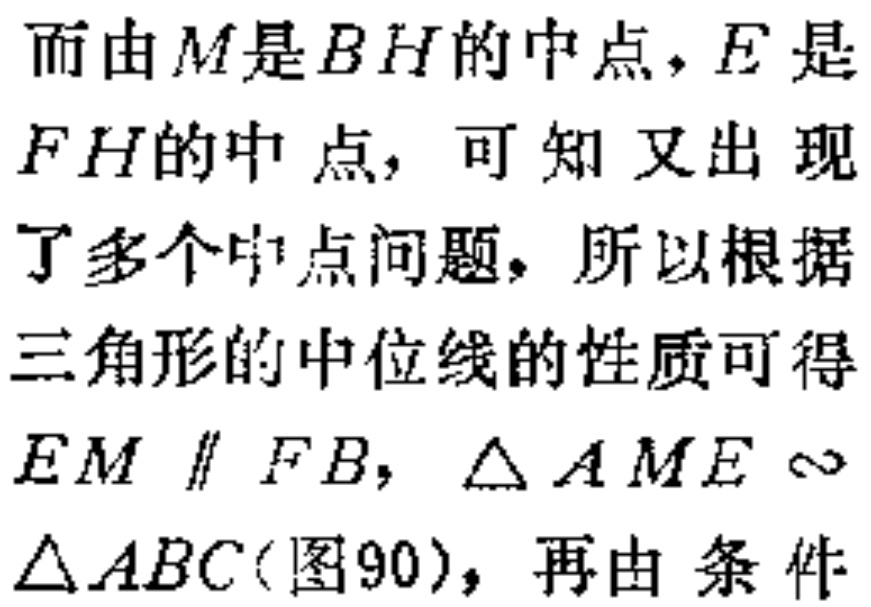
而由\(M\)是\(BH\)的中点，\(E\)是\(FH\)的中点，可知又出现了多个中点问题，所以根据三角形的中位线的性质可得\(EM \parallel FB\)，\(\triangle AME \sim \triangle ABC\)(图90)，再由 条件